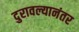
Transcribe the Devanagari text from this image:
दुरावल्यानंतर